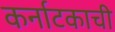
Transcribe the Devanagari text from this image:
कर्नाटकाची